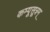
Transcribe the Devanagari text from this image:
कम्पूसूत्रम्